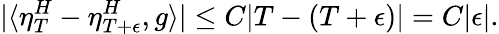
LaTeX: |\langle\eta_{T}^{H}-\eta_{T+\epsilon}^{H},g\rangle|\leq C|T-(T+\epsilon)|=C|\epsilon|.